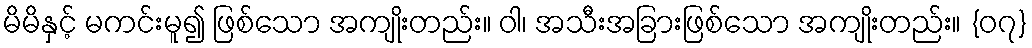
မိမိနှင့် မကင်းမူ၍ ဖြစ်သော အကျိုးတည်း။ ဝါ၊ အသီးအခြားဖြစ်သော အကျိုးတည်း။ {၀၇}